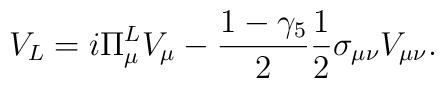
V_{L} = i \Pi_{\mu}^{L} V_{\mu} -  \frac{1- \gamma_{5}}{2} \frac{1}{2} \sigma_{\mu \nu} V_{\mu \nu}.